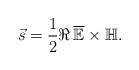
LaTeX: \begin{align*}\vec{s} = \frac{1}{2} \Re{\, \overline{\mathbb{E}}\times{\mathbb{H}}}.\end{align*}